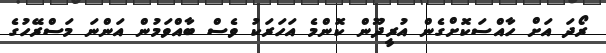
ރޯދަ އަށް ހާއްސަކޮށްގެން އުރީދޫން ކޮންމެ އަހަރަކު ވެސް ބާއްވަމުން އަންނަ މަސްރޭހުގެ